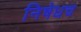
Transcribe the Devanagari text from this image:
निषेधच